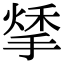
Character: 𢱀